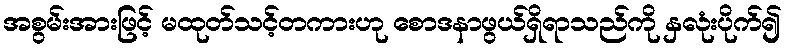
အစွမ်းအားဖြင့် မထုတ်သင့်တကားဟု စောဒနာဖွယ်ရှိရာသည်ကို နှလုံးပိုက်၍